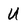
Character: U